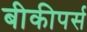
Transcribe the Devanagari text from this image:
बीकीपर्स